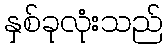
နှစ်ခုလုံးသည်